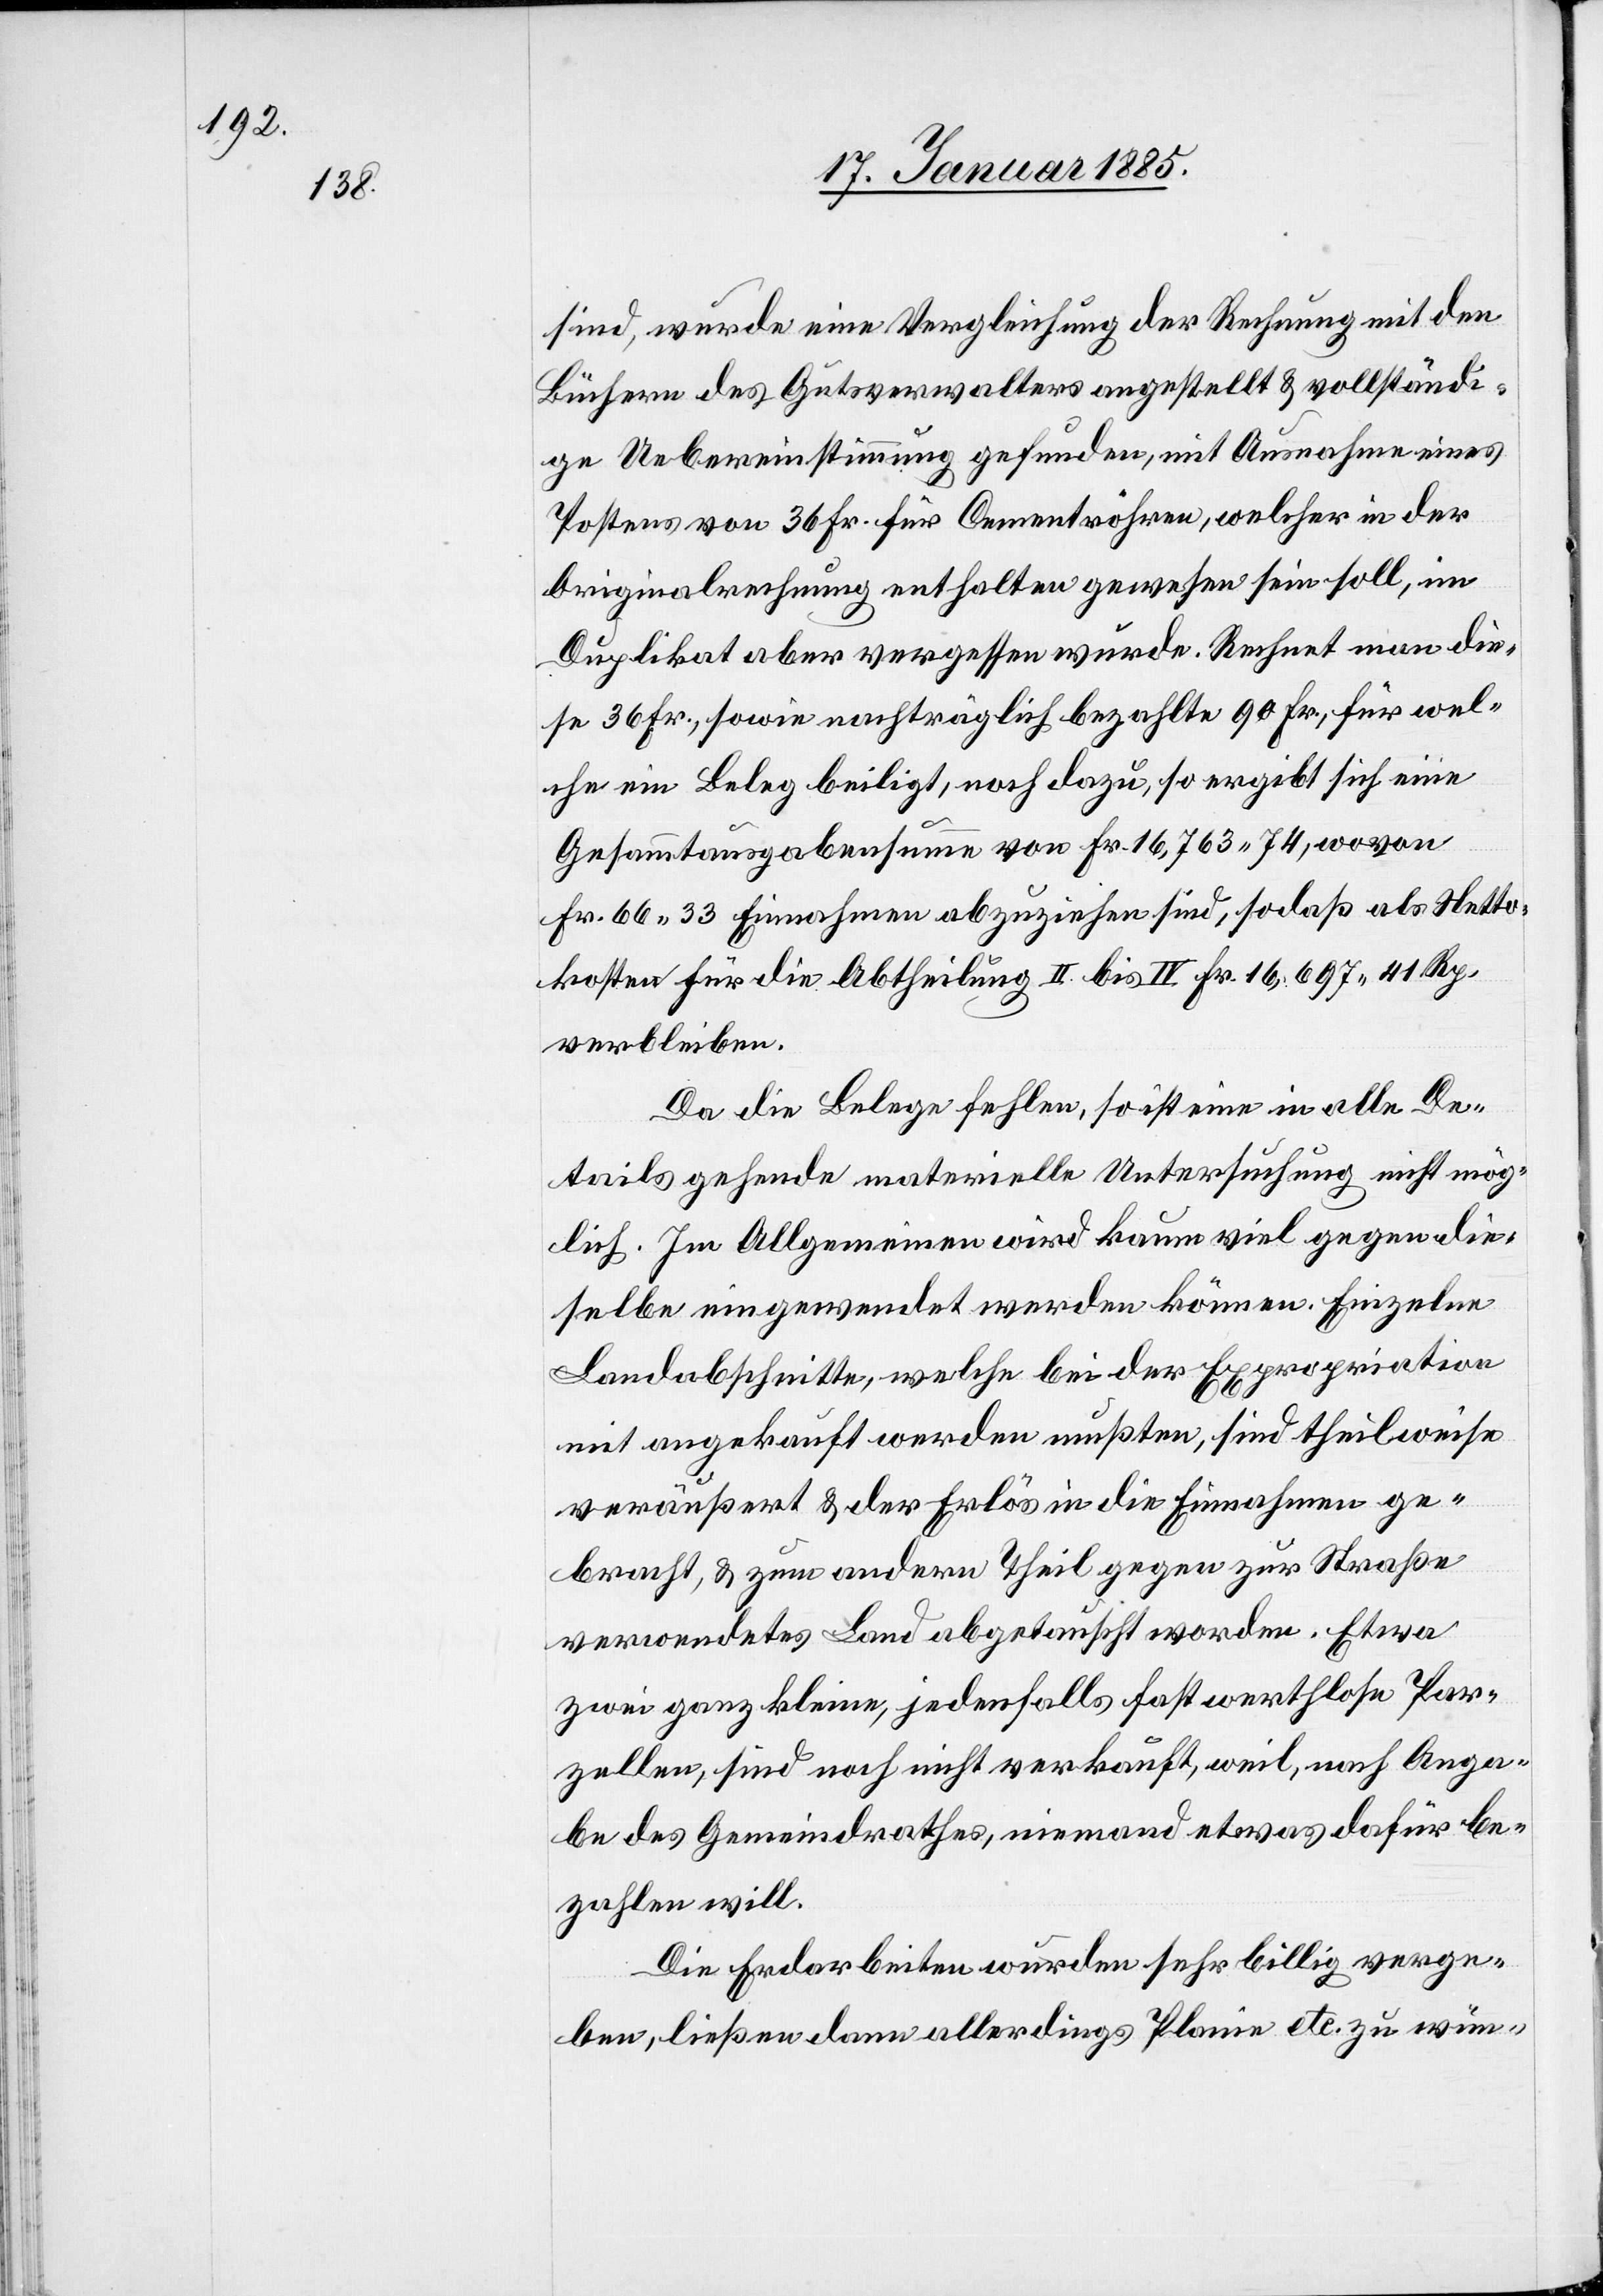
sind, wurde eine Vergleichung der Rechnung mit den
Büchern des Gutsverwalters angestellt & vollständi¬
ge Uebereinstimmung gefunden, mit Ausnahme eines
Postens von 36 Fr. für Cementröhren, welcher in der
Originalrechnung enthalten gewesen sein soll, im
Duplikat aber vergessen wurde. Rechnet man die¬
se 36 Fr., sowie nachträglich bezahlte 90 Fr., für wel¬
che ein Beleg beili[e]gt, noch dazu, so ergibt sich eine
Gesammtausgabensumme von Fr. 16,763 74, wovon
Fr. 66 33 Einnahmen abzuziehen sind, sodaß als Netto¬
kosten für die Abtheilung II. bis IV Fr. 16,697 41 Rp.
verbleiben.
Da die Belege fehlen, so ist eine in alle De¬
tails gehende materielle Untersuchung nicht mög¬
lich. Im Allgemeinen wird kaum viel gegen die¬
selbe eingewendet werden können. Einzelne
Landabschnitte, welche bei der Expropriation
mit angekauft werden mußten, sind theilweise
veräußert & der Erlös in die Einnahmen ge¬
bracht, & zum andern Theil gegen zur Straße
verwendetes Land abgetauscht worden. Etwa
zwei ganz kleine, jedenfalls fast werthlose Par¬
zellen, sind noch nicht verkauft, weil, nach Anga¬
be des Gemeindrathes, niemand etwas dafür be¬
zahlen will.
Die Erdarbeiten wurden sehr billig verge¬
ben, ließen dann allerdings Planie etc. zu wün-